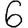
Digit: 6